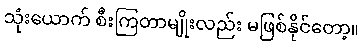
သုံးယောက် စီးကြတာမျိုးလည်း မဖြစ်နိုင်တော့။